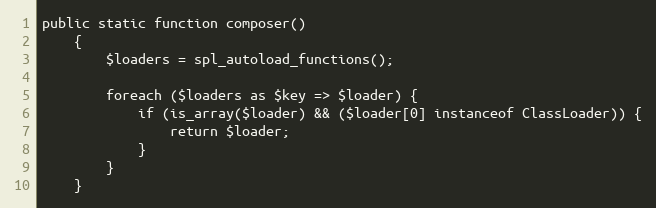
Language: PHP
public static function composer()
    {
        $loaders = spl_autoload_functions();

        foreach ($loaders as $key => $loader) {
            if (is_array($loader) && ($loader[0] instanceof ClassLoader)) {
                return $loader;
            }
        }
    }